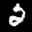
Label: 2